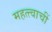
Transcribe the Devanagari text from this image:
महत्त्वाचीं